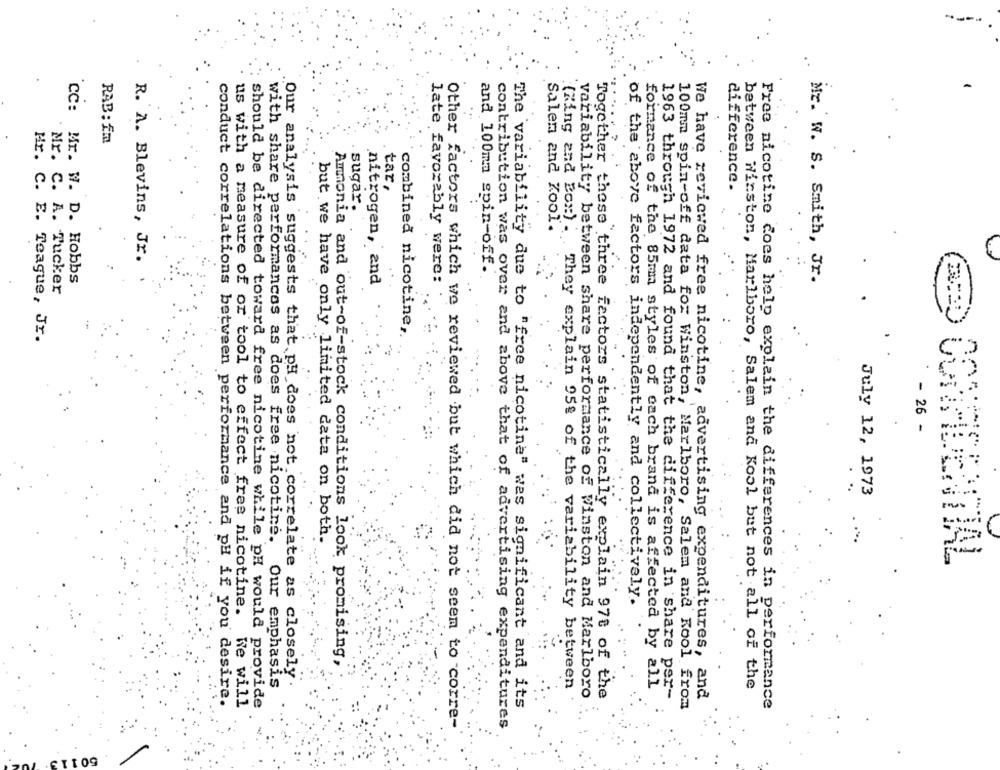
RAB : fm
tar,
difference.
sugar.
Salem and Kool.
"(King and Box:) .
R. A. Blevins, Jr.
and 100mm spin-off.
CC: Mr. W. D. Hobbs
nitrogen, and
late favorably were:
Mr. W. S. Smith, Jr.
Mr. C. A. Tucker
combined nicotine,
Hr. C. E. Teague, Jr.
- 26 -
July 12, 1973
but we have only limited data on both.
CONFIDENTIAL
of the above factors independently and collectively.
Ammonia and out-of-stock conditions look promising,
Our analysis suggests that pH does not correlate as closely
with share performances as does free nicotine. Our emphasis
formance of the 85mm styles of each brand is affected by all
between Winston, Marlboro, Salem and Kool but not all of the
They explain 95% of the variability between
variability between share performance of Winston and Marlboro
conduct correlations between performance and pH if you desire.
Together these three factors statistically explain 978 of the
1963 through 1972 and found that the difference in share per-
We have reviewed free nicotine, advertising expenditures, and
us with a measure of or tool to effect free nicotine. We will
should be directed toward free nicotine while pH would provide
The variability due to "free nicotine" wes significant and its
100mm spin-off data for Winston, Marlboro, Salem and Kool from
Free nicotine does help explain the differences in performance
Other factors which we reviewed but which did not seem to corre-
contribution was over and above that of advertising expenditures
60